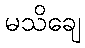
မသိချေ